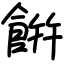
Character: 餠